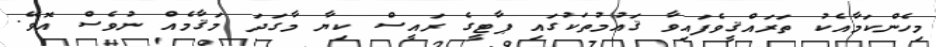
މިހެންކަމާއެކު ތަރައްޤީވެފައިވާ ޤައުމުތަކުގައި ޕާޓީގެ ރައީސް ކިޔާ މާގަދަ މަޤާމެއް ނުވެސް އޮވޭ.